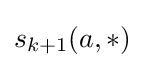
s_{k+1}(a,*)